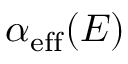
\alpha _ { \mathrm { e f f } } ( E )